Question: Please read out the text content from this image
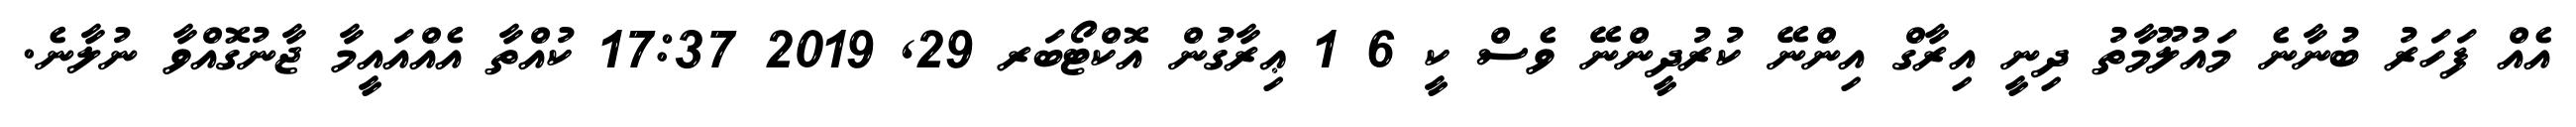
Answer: އެއް ފަހަރު ބުނާނެ މައުލޫމާތު ދިނީ އިރާގް އިންނޭ ކުރުދީންނޭ ވެސް ކީ 6 1 ޢިރާގުން އޮކްޓޯބަރ 29, 2019 17:37 ކުއްތާ އެއްއައީމާ ޖާނުގޮއްވާ ނުލާނެ.